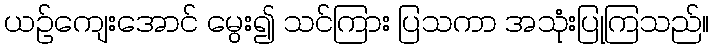
ယဉ်ကျေးအောင် မွေး၍ သင်ကြား ပြသကာ အသုံးပြုကြသည်။